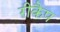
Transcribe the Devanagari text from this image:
रीकैप